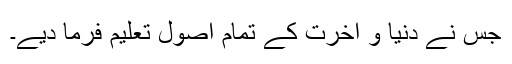
جس نے دنیا و آخرت کے تمام اصول تعلیم فرما دیے۔